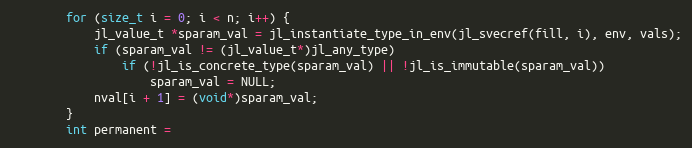
Language: C++
        for (size_t i = 0; i < n; i++) {
            jl_value_t *sparam_val = jl_instantiate_type_in_env(jl_svecref(fill, i), env, vals);
            if (sparam_val != (jl_value_t*)jl_any_type)
                if (!jl_is_concrete_type(sparam_val) || !jl_is_immutable(sparam_val))
                    sparam_val = NULL;
            nval[i + 1] = (void*)sparam_val;
        }
        int permanent =